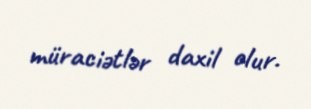
müraciətlər daxil olur.